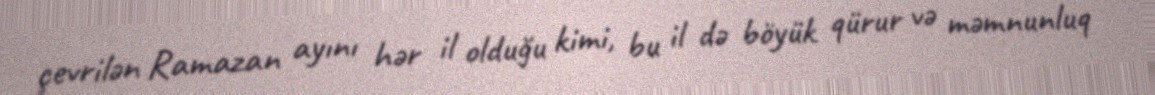
çevrilən Ramazan ayını hər il olduğu kimi, bu il də böyük qürur və məmnunluq